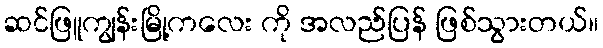
ဆင်ဖြူကျွန်းမြို့ကလေး ကို အလည်ပြန် ဖြစ်သွားတယ်။